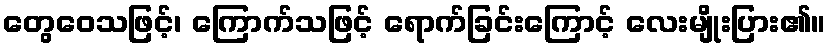
တွေဝေသဖြင့်၊ ကြောက်သဖြင့် ရောက်ခြင်းကြောင့် လေးမျိုးပြား၏။